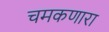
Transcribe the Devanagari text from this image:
चमकणारा